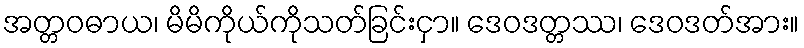
အတ္တဝဓာယ၊ မိမိကိုယ်ကိုသတ်ခြင်းငှာ။ ဒေဝဒတ္တဿ၊ ဒေဝဒတ်အား။